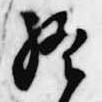
終